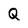
Character: Q